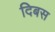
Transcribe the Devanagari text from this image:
दिबस